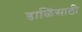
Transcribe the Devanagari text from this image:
डाळिंसाठी